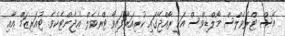
އޭސް ޓްރެވެލްސް މޯލްޑިވްސް އަކީ ރާއްޖޭގައި ކުރިއަރާފައިވާ ޓްރެވެލް އެޖެންޓެކެވެ. ޓުއަރިޒަމް އާއި